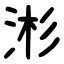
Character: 涁